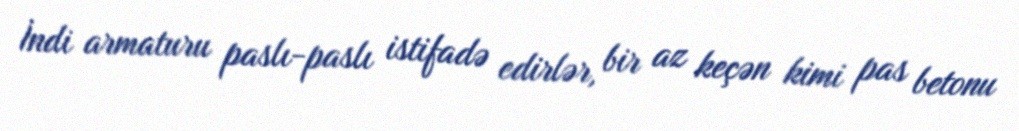
İndi armaturu paslı-paslı istifadə edirlər, bir az keçən kimi pas betonu